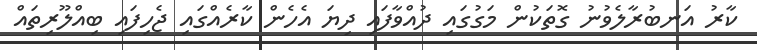
ކާރު އަނބުރާލެވުނު ގޮތަކުން މަގުގައި ދުއްވާފައި ދިޔަ އެހެން ކާރެއްގައި ޖެހިފައި ބިއްލޫރިތައް